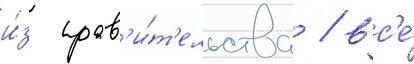
и́з прав'и́т'ельства / вс'е́